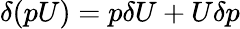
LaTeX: \delta(pU)=p\delta U+U\delta p